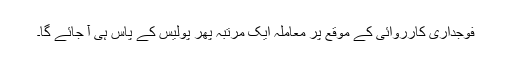
فوجداری کارروائی کے موقع پر معاملہ ایک مرتبہ پھر پولیس کے پاس ہی آ جائے گا۔